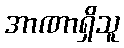
အာဏာရှိသူ